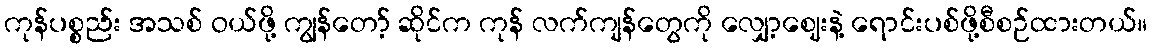
ကုန်ပစ္စည်း အသစ် ဝယ်ဖို့ ကျွန်တော့် ဆိုင်က ကုန် လက်ကျန်တွေကို လျှော့ဈေးနဲ့ ရောင်းပစ်ဖို့စီစဉ်ထားတယ်။